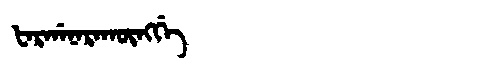
Manchu: ᡶᠠᡵᡤᠠᠨᠠᡵᠠᡴᡡᠩᡤᡝ
Romanization: FARGANARAKŪNGGE